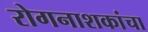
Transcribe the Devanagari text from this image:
रोगनाशकांचा